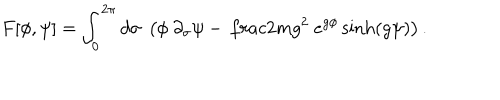
F [ \phi , \psi ] = \int _ { 0 } ^ { 2 \pi } d \sigma ~ \left( \phi ~ \partial _ { \sigma } \psi - { \, \frac { 2 m } { g ^ { 2 } } } ~ e ^ { g \phi } \sinh ( g \psi ) \right) .